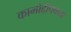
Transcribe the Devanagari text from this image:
कामोद्दीपकता